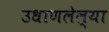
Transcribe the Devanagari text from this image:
उधाणलेल्‍या